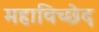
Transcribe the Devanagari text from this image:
महाविच्छेद